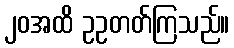
၂၀အထိ ဥဥတတ်ကြသည်။